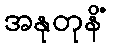
အနုတုနိံ